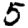
Digit: 5